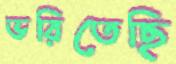
ভরিতেছি